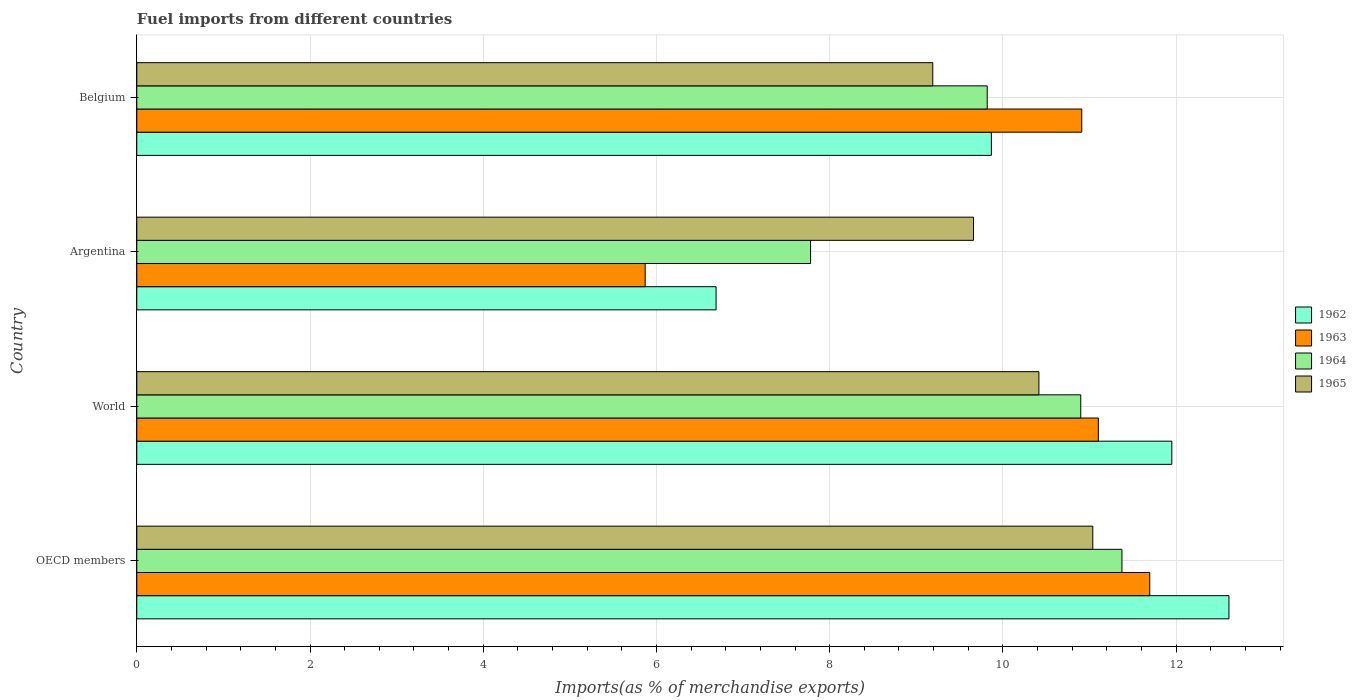
| Country | 1962 | 1963 | 1964 | 1965 |
 | --- | --- | --- | --- | --- |
 | OECD members | 12.6 | 11.7 | 11.4 | 11 |
 | World | 12 | 11.1 | 10.9 | 10.4 |
 | Argentina | 6.69 | 5.87 | 7.78 | 9.66 |
 | Belgium | 9.87 | 10.9 | 9.82 | 9.19 |